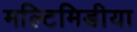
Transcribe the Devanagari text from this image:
मल्टिमिडीया